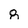
Character: 8